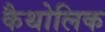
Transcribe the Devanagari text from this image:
कैथोलिक